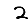
Digit: 2